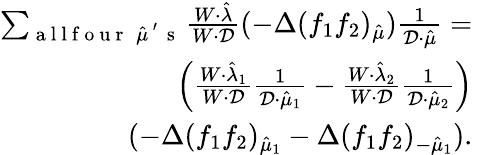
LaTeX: \begin{array}{rl}{\sum_{\mathrm{~a~l~l~f~o~u~r~}\; \hat{\mu}^{\mathrm{~'~}}\mathrm{~s~}}\frac{W\cdot\hat{\lambda}}{W\cdot\mathcal{D}}(-\Delta(f_{1}f_{2})_{\hat{\mu}})\frac{1}{\mathcal{D}\cdot\hat{\mu}}=}&{{}}\\ {\left(\frac{W\cdot\hat{\lambda}_{1}}{W\cdot\mathcal{D}}\frac{1}{\mathcal{D}\cdot\hat{\mu}_{1}}-\frac{W\cdot\hat{\lambda}_{2}}{W\cdot\mathcal{D}}\frac{1}{\mathcal{D}\cdot\hat{\mu}_{2}}\right)}&{{}}\\ {(-\Delta(f_{1}f_{2})_{\hat{\mu}_{1}}-\Delta(f_{1}f_{2})_{-\hat{\mu}_{1}}).}\end{array}